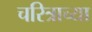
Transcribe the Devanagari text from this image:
चरित्राच्या